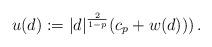
LaTeX: \begin{align*}u(d):= |d|^{\frac2{1-p}}(c_p + w(d)))\,.\end{align*}